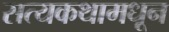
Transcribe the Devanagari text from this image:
सत्यकथामधून